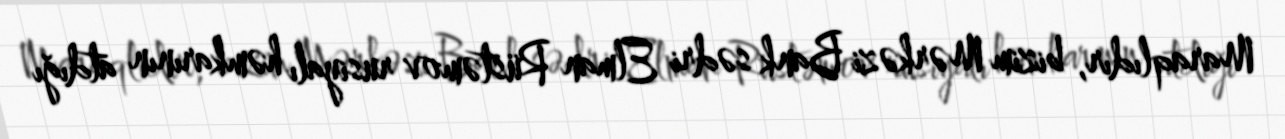
Maraqlıdır, bizim Mərkəzi Bank sədri Elman Rüstəmov rusiyalı həmkarının atdığı